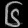
Digit: ၆